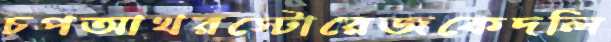
চপআখরস্টোরেজকেদলি